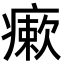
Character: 瘶